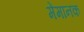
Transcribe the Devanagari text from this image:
मेंमानक